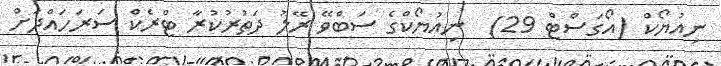
ނިއުޔޯކް (އޯގަސްޓް 29)  ނިއުޔޯކްގެ ސަބްވޭ ރޭލު ދަތުރުކުރާ ޓްރެކް ސަރަހައްދަށް